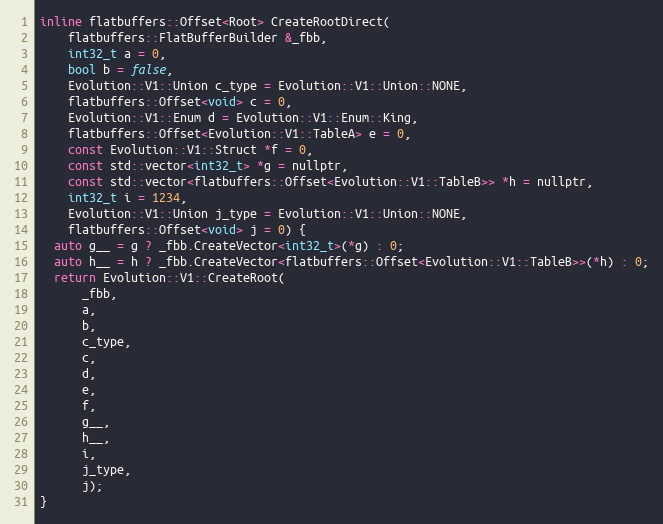
Language: C
inline flatbuffers::Offset<Root> CreateRootDirect(
    flatbuffers::FlatBufferBuilder &_fbb,
    int32_t a = 0,
    bool b = false,
    Evolution::V1::Union c_type = Evolution::V1::Union::NONE,
    flatbuffers::Offset<void> c = 0,
    Evolution::V1::Enum d = Evolution::V1::Enum::King,
    flatbuffers::Offset<Evolution::V1::TableA> e = 0,
    const Evolution::V1::Struct *f = 0,
    const std::vector<int32_t> *g = nullptr,
    const std::vector<flatbuffers::Offset<Evolution::V1::TableB>> *h = nullptr,
    int32_t i = 1234,
    Evolution::V1::Union j_type = Evolution::V1::Union::NONE,
    flatbuffers::Offset<void> j = 0) {
  auto g__ = g ? _fbb.CreateVector<int32_t>(*g) : 0;
  auto h__ = h ? _fbb.CreateVector<flatbuffers::Offset<Evolution::V1::TableB>>(*h) : 0;
  return Evolution::V1::CreateRoot(
      _fbb,
      a,
      b,
      c_type,
      c,
      d,
      e,
      f,
      g__,
      h__,
      i,
      j_type,
      j);
}